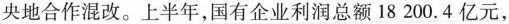
央地合作混改。上半年，国有企业利润总额18200.4亿元，